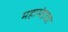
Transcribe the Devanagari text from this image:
महामंडळा